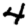
Digit: 4